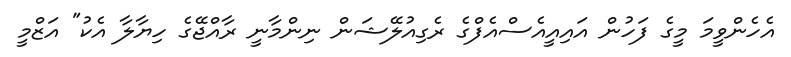
އެހެންވީމަ މީގެ ފަހުން އައިއީއެސްއެފްގެ ރެގިއުލޭޝަން ނިންމާނީ ރާއްޖޭގެ ހިޔާލާ އެކު" އަޒްމީ